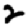
Digit: 2